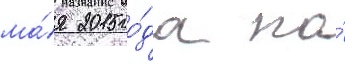
ма́я 2015 го́да по́